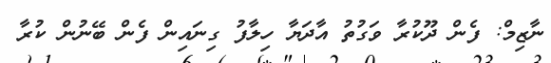
ނާޒިމް: ފެން ދޫކުރާ ވަގުތު އާދަޔާ ހިލާފު ގިނައިން ފެން ބޭނުން ކުރާ